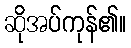
ဆိုအပ်ကုန်၏။